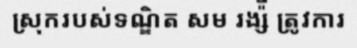
ស្រុករបស់ទណ្ឌិត សម រង្ស៉ី ត្រូវការ